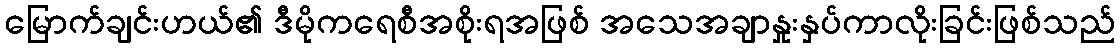
မြောက်ချင်းဟယ်၏ ဒီမိုကရေစီအစိုးရအဖြစ် အသေအချာနှုးနှပ်ကာလိုးခြင်းဖြစ်သည်